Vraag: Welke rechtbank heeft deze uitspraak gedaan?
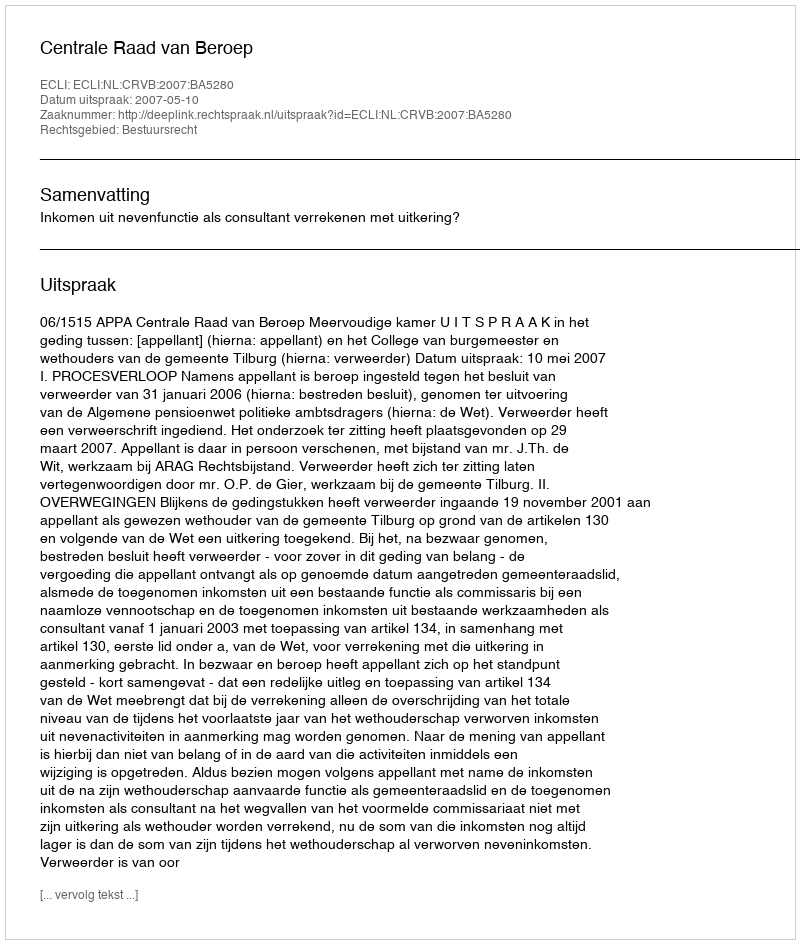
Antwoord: Centrale Raad van Beroep